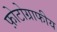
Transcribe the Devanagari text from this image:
फ़ोटोग्राफीय